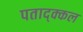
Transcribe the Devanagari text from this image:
पताद्क्कल